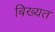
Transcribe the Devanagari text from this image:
बिख्यत